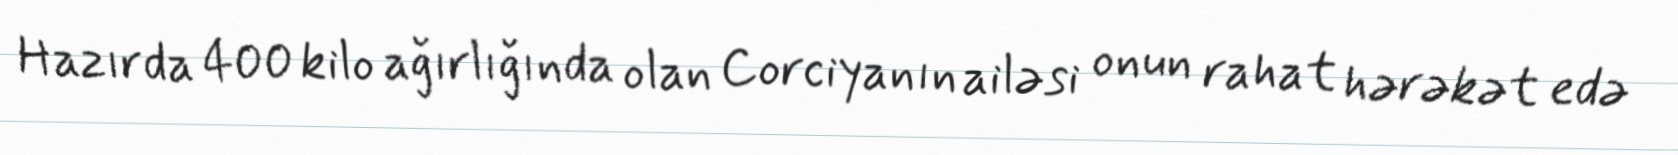
Hazırda 400 kilo ağırlığında olan Corciyanın ailəsi onun rahat hərəkət edə